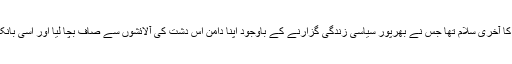
یہ ہزاروں لوگوں کی جانب سے ایک ایسے شخص کو عقیدت کا آخری سلام تھا جس نے بھرپور سیاسی زندگی گزارنے کے باوجود اپنا دامن اِس دشت کی آلائشوں سے صاف بچا لیا اور اُسی بانکپن ، اعتماداور وقار کے ساتھ تاریخ کا جگمگاتا ستارہ بن گیا ۔